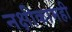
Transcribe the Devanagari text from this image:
नक्षीकामही